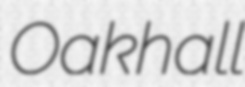
Oakhall